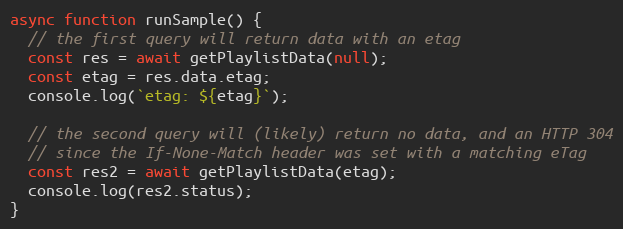
Language: JavaScript
async function runSample() {
  // the first query will return data with an etag
  const res = await getPlaylistData(null);
  const etag = res.data.etag;
  console.log(`etag: ${etag}`);

  // the second query will (likely) return no data, and an HTTP 304
  // since the If-None-Match header was set with a matching eTag
  const res2 = await getPlaylistData(etag);
  console.log(res2.status);
}